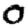
Digit: 0